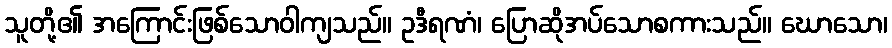
သူတို့၏ အကြောင်းဖြစ်သောဝါကျသည်။ ဥဒီရဏံ၊ ပြောဆိုအပ်သောစကားသည်။ ဃောသော၊